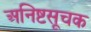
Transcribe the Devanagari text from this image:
अनिष्टसूचक